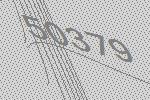
50379